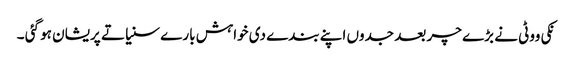
نکی ووٹی نے بڑے چر بعد جدوں اپنے بندے دی خواہش بارے سنیا تے پریشان ہو گئی ۔